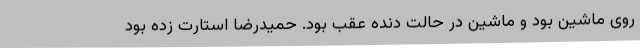
روی ماشین بود و ماشین در حالت دنده عقب بود. حمیدرضا استارت زده بود